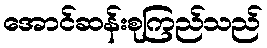
အောင်ဆန်းစုကြည်သည်